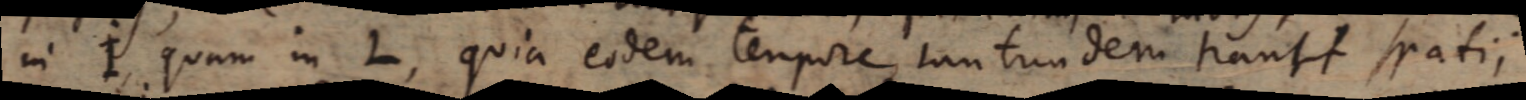
in I, quam in L, quia eodem tempore tantundem transit spatii